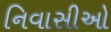
નિવાસીઓ